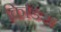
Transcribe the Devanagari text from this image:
किडिस